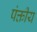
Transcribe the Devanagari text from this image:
पंक्तीय